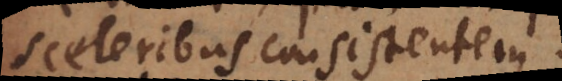
sceleribus consistentem.